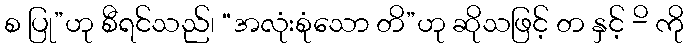
စ ပြု”ဟု စီရင်သည်၊ “အလုံးစုံသော တိ”ဟု ဆိုသဖြင့် တ နှင့် -ိ ကို